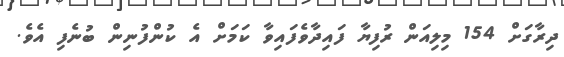
ދިރާގަށް 154 މިލިއަން ރުފިޔާ ފައިދާވެފައިވާ ކަމަށް އެ ކުންފުނިން ބުނެފި އެވެ.